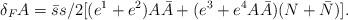
LaTeX: \begin{align*}\delta _F A = \bar s s /2 [ (e^1 + e^2) A\bar A + (e^3 + e^4 A\bar A)(N+ \bar N)].\end{align*}